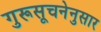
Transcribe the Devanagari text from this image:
गुरूसूचनेनुसार